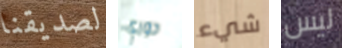
لصديقنا دوري شيء ليس